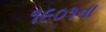
૧૯૦૧ના